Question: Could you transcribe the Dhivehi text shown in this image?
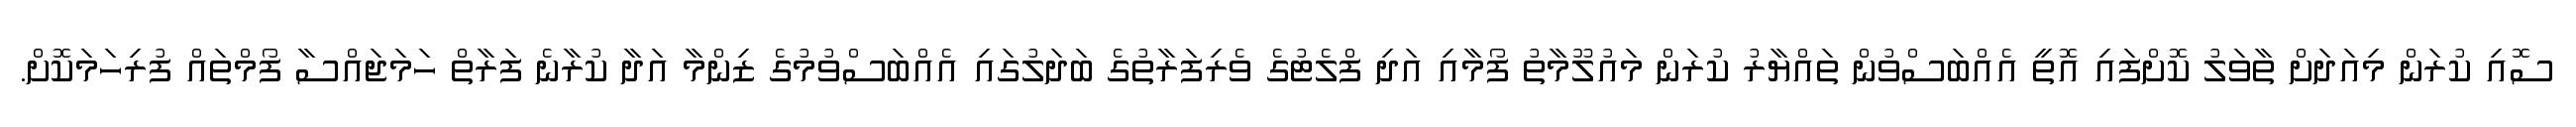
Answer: ސޮއި ކުރަން މިއަދަށް ތާވަލު ކޮށްފައި އޮތީ އެއްބަސްވުން ތައްޔާރު ކުރަން މައުލޫމާތު ފޯމާއި އަދި ފްލެޓުގެ ވެރިފަރާތުގެ ބަދަލުގައި އެއްބަސްވުމުގެ ޒިންމާ އަދާ ކުރާނެ ފަރާތް ހަމަޖައްސާ ފޯމްތައް ފުރިހަމަކޮށް.